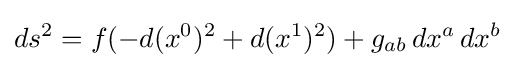
ds^{2}=f(-d(x^{0})^{2}+d(x^{1})^{2})+g_{ab}\,dx^{a}\,dx^{b}